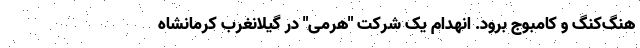
هنگ‌کنگ و کامبوج برود. انهدام یک شرکت "هرمی" در گیلانغرب کرمانشاه